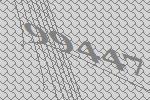
99447